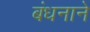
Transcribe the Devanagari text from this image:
बंधनाने